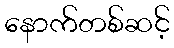
နောက်တစ်ဆင့်